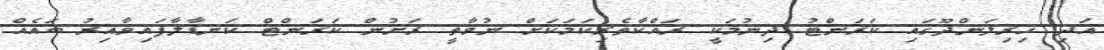
އަދި ހިރިލަންދޫގައި ކަރަންޓު ދިނުމަކީ ރައްކާތެރިކަމަކަށް ނުވާތީ ރަށުން ކަރަންޓް ކަނޑާލާފައިވާއިރު ބައެއް